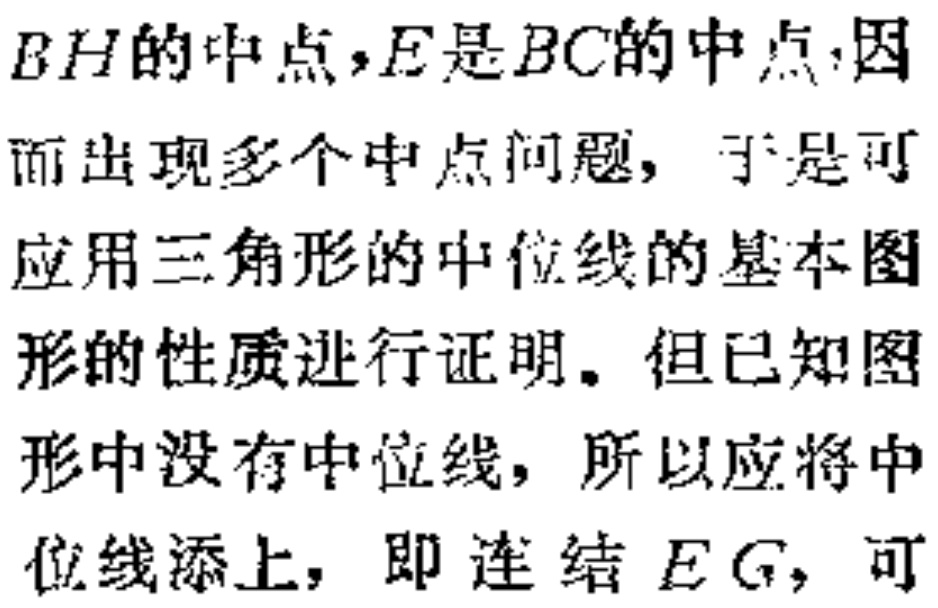
$BH的中点，E是BC的中点，因$

$而出现多个中点问题，于是可$

$应用三角形的中位线的基本图$

$形的性质进行证明。但已知图$

$形中没有中位线，所以应将中$

$位线添上，即 连 结 \(EG\)，可$